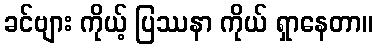
ခင်ဗျား ကိုယ့် ပြဿနာ ကိုယ် ရှာနေတာ။